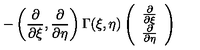
- \left( \frac { \partial } { \partial \xi } , \frac { \partial } { \partial \eta } \right) \Gamma ( \xi , \eta ) \left( \begin{array} { c } { \frac { \partial } { \partial \xi } } \\ { \frac { \partial } { \partial \eta } } \\ \end{array} \right)